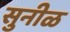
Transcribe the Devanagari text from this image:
सुनीळ